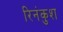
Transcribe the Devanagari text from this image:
रिनंकुश